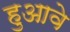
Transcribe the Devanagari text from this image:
हुआवे